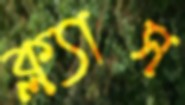
ক্ল্যাস